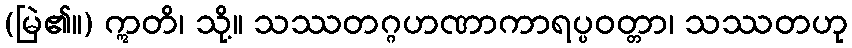
(မြဲ၏။) ဣတိ၊ သို့။ သဿတဂ္ဂဟဏာကာရပ္ပဝတ္တာ၊ သဿတဟု